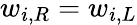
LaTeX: w_{i,R}=w_{i,L}